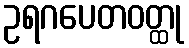
ဥရဂပေတဝတ္ထု